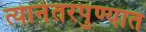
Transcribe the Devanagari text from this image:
त्यानंतरपुण्यात